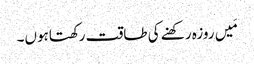
مَیں روزہ رکھنے کی طاقت رکھتاہوں۔